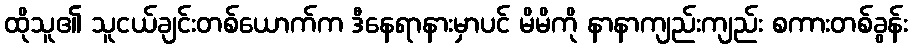
ထိုသူ၏ သူငယ်ချင်းတစ်ယောက်က ဒီနေရာနားမှာပင် မိမိကို နာနာကျည်းကျည်း စကားတစ်ခွန်း